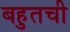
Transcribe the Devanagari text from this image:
बहुतची